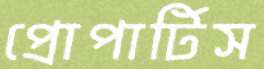
প্রোপার্টিস